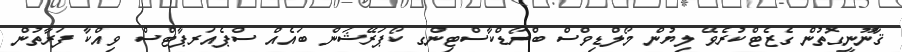
ޤާނޫނީގޮތުން ގެޒެޓްކުރެވޭ ލިޔުން މޯލްޑިވްސް ބްރޯޑްކާސްޓިންގ ކޯޕަރޭޝަން ބައެއް ސްޕެއަރޕާޓްސް ވިއްކާ ފަރާތުން